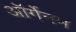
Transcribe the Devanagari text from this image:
ऑर्गेनम